Report on sanitation, dispensaries, and jails in Rajputana for 1916, and on vaccination for the year 1916-1917 - 1916-1917
Year: 1916
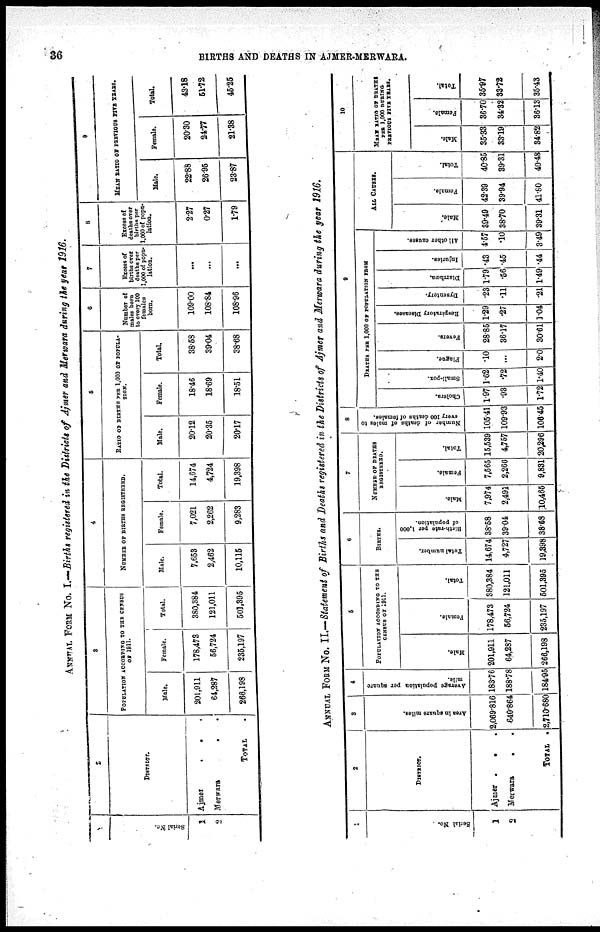
36
BIRTHS AND DEATHS IN AJMER-MERWARA.
ANNUAL FORM NO. I.—Births registered in the Districts of Ajmer and Merwara during the year 1916.
1
Serial No.
1
2
2
DISTRICT.
Ajmer
.
. .
Merwara .
. .
TOTAL .
3
POPULATION ACCORDING TO THE CENSUS
OF 1911.
Male.
201,911
64,287
266,198
Female.
178,473
56,724
235,197
Total.
380,384
121,011
501,395
4
NUMBER OF BIRTHS REGISTERED.
Male.
7,653
2,462
10,115
Female.
7,021
2,262
9,283
Total.
14,674
4,724
19,398
5
RATIO OF BIRTHS PER 1,000 OF POPULA¬
TION.
Male.
20.12
20.35
20.17
Female.
18.46
18.69
18.51
Total.
38.58
39.04
38.68
6
Number of
males born
to every 100
females
born.
109.00
108.84
108.96
7
Excess of
births over
deaths per
1,000 of popu-
lation.
...
...
...
8
Excess of
deaths over
births per
1,000 of popu¬
lation.
2.27
0.27
1.79
9
MEAN RATIO OF PREVIOUS FIVE YEARS.
Male.
22.88
26.95
23.87
Female.
20.30
24.77
21.38
Total.
43.18
51.72
45.25
ANNUAL FORM NO. II.—Statement of Births and Deaths registered in the Districts of Ajmer and Merwara during the year 1916.
1
Serial No.
1
2
2
DISTRICT.
Ájmer .
.
Merwara . .
TOTAL .
3
Area in square miles.
2,069.816
640.864
2,710.680
4
Average population per square
mile.
183.76
188.78
184.95
5
POPULATION ACCORDING TO THE
CENSUS OF 1911.
Male.
201,911
64,287
266,198
Female.
178,473
56,724
235,197
Total.
380,384
121,011
501,395
6
BIRTHS.
Total number.
14,674
4,727
19,398
Birth-rate per 1,000
of population.
38.58
39.04
38.68
7
NUMBER OF DEATHS
REGISTERED.
Male.
7,974
2,491
10,465
Female.
7,565
2,268
9,831
Total.
15,539
4,757
20,296
8
Number of deaths of males to
every 100 deaths of females.
105.41
109.93
106.45
9
DEATHS PER 1,000 OF POPULATION FROM
Cholera.
1.97
.93
1.72
Small-pox.
1.62
.72
1.40
Plague.
.10
...
2.0
Fevers.
28.85
36.17
30.61
Respiratory Diseases.
1.29
.27
1.04
Dysentery.
.23
.11
.21
Diarrhœa.
1.79
.56
1.49
Injuries.
.43
.45
.44
All other causes.
4.57
.10
3.49
ALL CAUSES.
Male.
39.49
38.70
39.31
Female.
42.39
39.94
41.80
Total.
40.85
39.31
40.43
10
MEAN RATIO OF DEATHS
PER 1,000 DURING
PREVIOUS FIVE YEARS.
Male.
35.33
33.19
34. 82
Female.
36.70
34.32
36.13
Total.
35.97
33.72
35.43